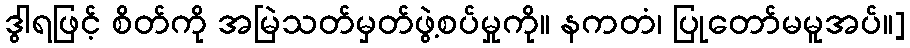
ဒွါရဖြင့် စိတ်ကို အမြဲသတ်မှတ်ဖွဲ့စပ်မှုကို။ နကတံ၊ ပြုတော်မမူအပ်။]